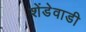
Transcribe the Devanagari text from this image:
शेंडेवाडी